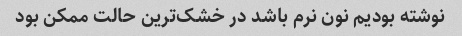
نوشته بودیم نون نرم باشد در خشک‌ترین حالت ممکن بود